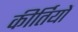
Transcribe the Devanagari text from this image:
कीर्तियों